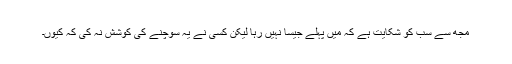
مجھ سے سب کو شکایت ہے کہ میں پہلے جیسا نہیں رہا لیکن کسی نے یہ سوچنے کی کوشش نہ کی کہ کیوں۔